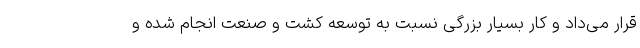
قرار می‌داد و کار بسیار بزرگی نسبت به توسعه کشت و صنعت انجام شده و